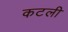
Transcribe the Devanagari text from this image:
कटली